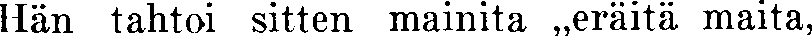
Hän tahtoi sitten mainita ,,eräitä maita,